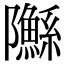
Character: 䧰